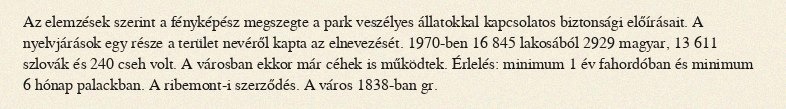
Az elemzések szerint a fényképész megszegte a park veszélyes állatokkal kapcsolatos biztonsági előírásait. A nyelvjárások egy része a terület nevéről kapta az elnevezését. 1970-ben 16 845 lakosából 2929 magyar, 13 611 szlovák és 240 cseh volt. A városban ekkor már céhek is működtek. Érlelés: minimum 1 év fahordóban és minimum 6 hónap palackban. A ribemont-i szerződés. A város 1838-ban gr.